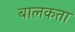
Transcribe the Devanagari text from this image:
बालकता